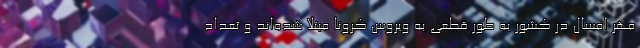
مهر امسال در کشور به طور قطعی به ویروس کرونا مبتلا شده‌اند و تعداد